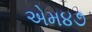
એમ૪૭